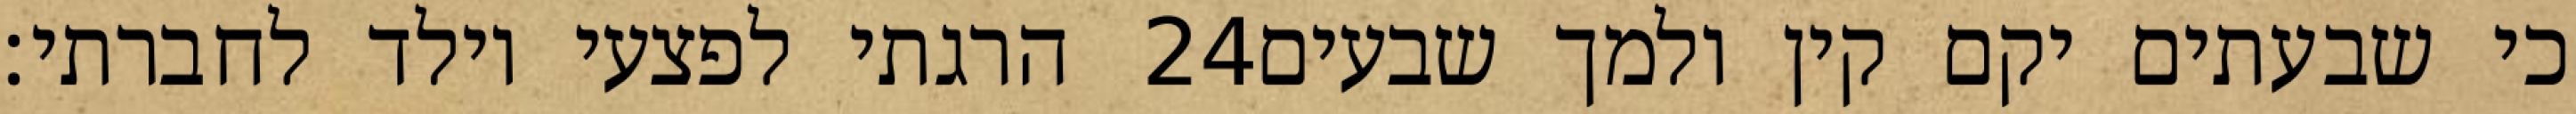
הרגתי לפצעי וילד לחברתי׃ ‎24‏ כי שבעתים יקם קין ולמך שבעים